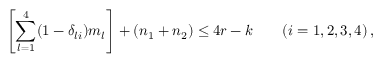
\left[ \sum _ { l = 1 } ^ { 4 } ( 1 - \delta _ { l i } ) m _ { l } \right] + ( n _ { 1 } + n _ { 2 } ) \le 4 r - k \qquad ( i = 1 , 2 , 3 , 4 ) \, ,